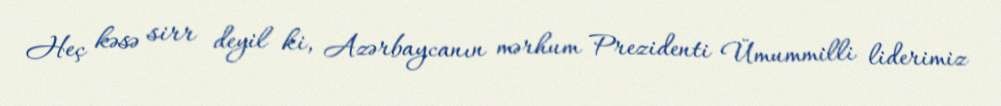
Heç kəsə sirr deyil ki, Azərbaycanın mərhum Prezidenti Ümummilli liderimiz